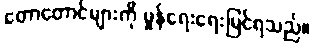
တောတောင်များကို မှုန်ရေးရေးမြင်ရသည်။